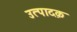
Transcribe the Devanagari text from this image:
उत्पादक़